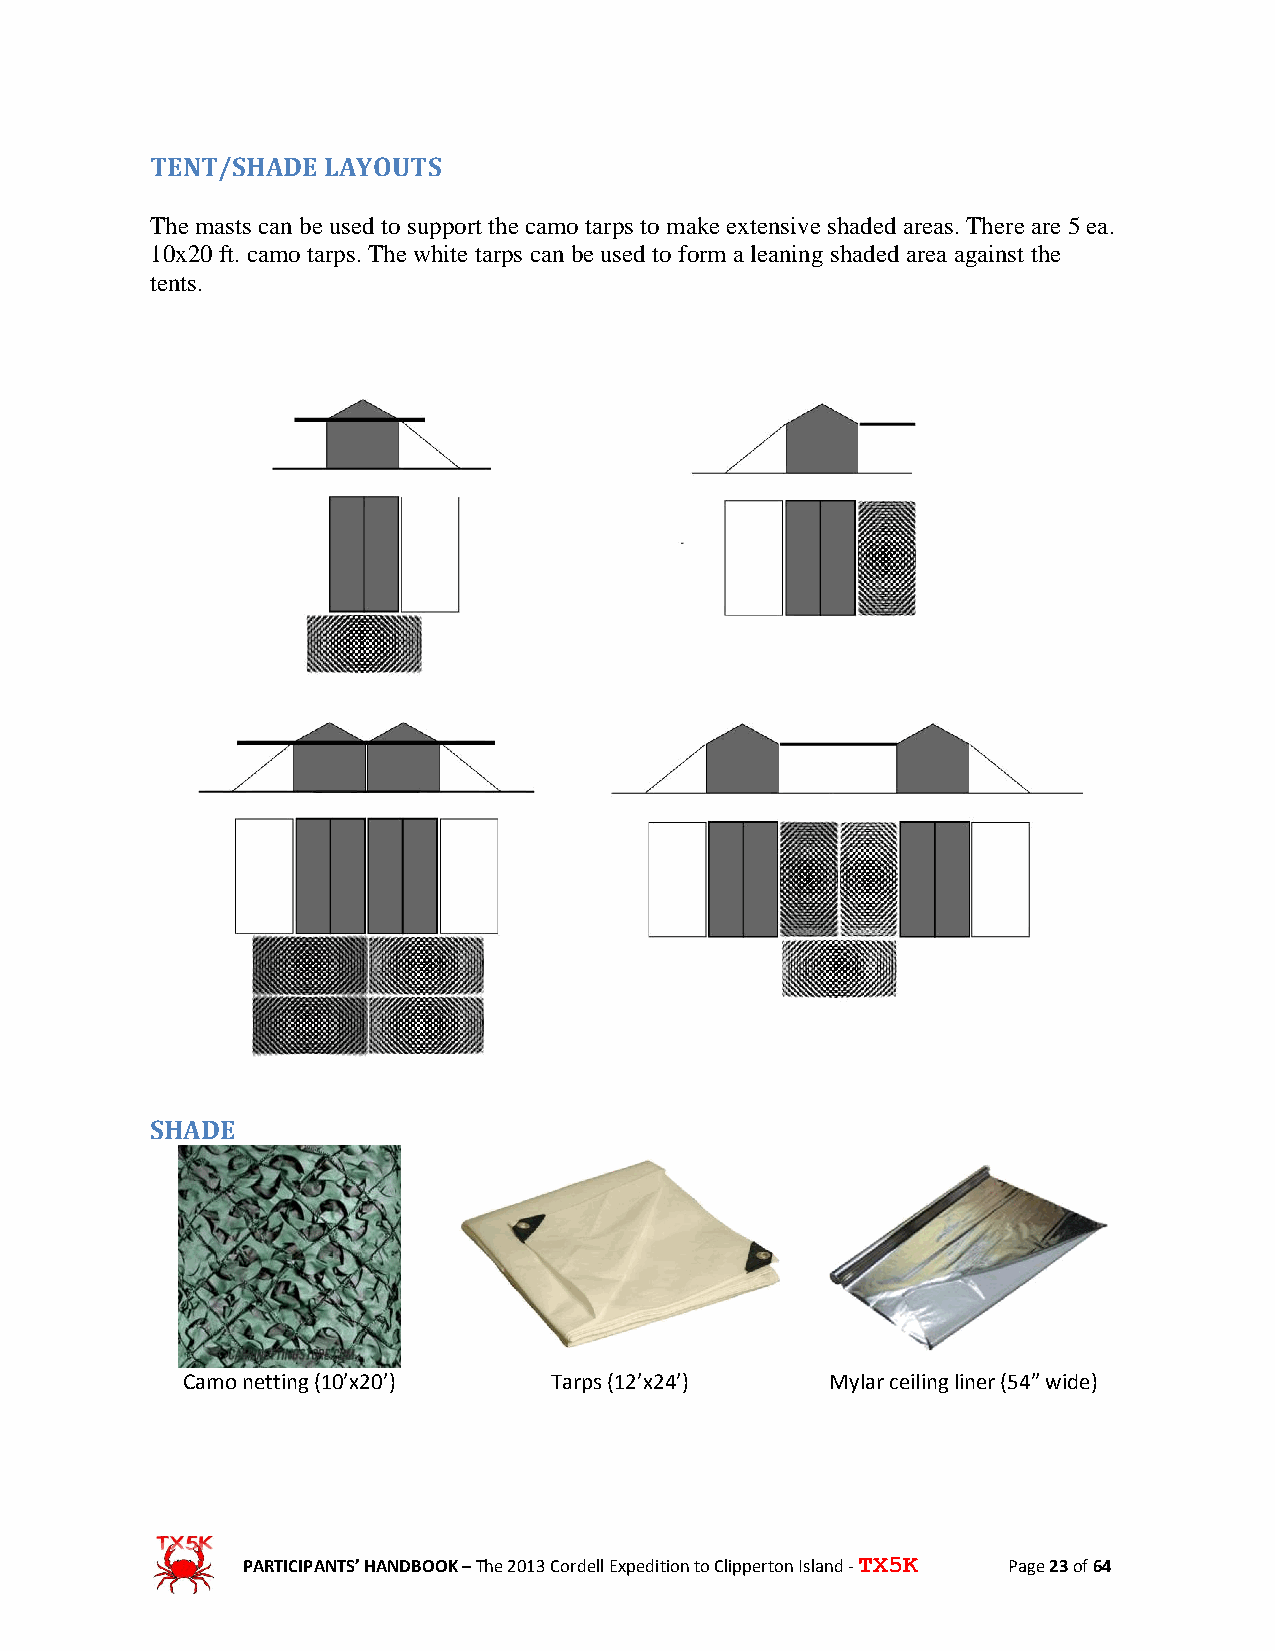
TENT/SHADE LAYOUTS
 The masts can be used to support the camo tarps to make extensive shaded areas. There are 5 ea.
 10x20 ft. camo tarps. The white tarps can be used to form a leaning shaded area against the
 tents.
 SHADE
 Camo netting (10’x20’)  Tarps (12’x24’)    Mylar ceiling liner (54” wide)
 PARTICIPANTS’ HANDBOOK – The 2013 Cordell Expedition to Clipperton Island - TX5K Page 23 of 64